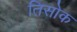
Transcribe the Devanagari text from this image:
तिसोक